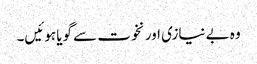
وہ بے نیازی اور نخوت سے گویا ہوئیں۔